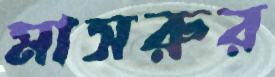
মাসরুর